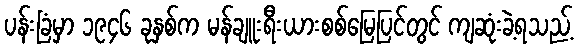
ပန်းခြံမှာ ၁၉၄၆ ခုနှစ်က မန်ချူးရီးယားစစ်မြေပြင်တွင် ကျဆုံးခဲ့ရသည့်